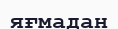
яғмадан